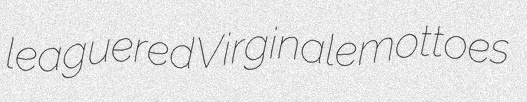
leaguered Virginale mottoes